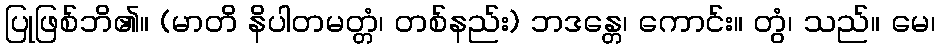
ပြုဖြစ်ဘိ၏။ (မာတိ နိပါတမတ္တံ၊ တစ်နည်း) ဘဒန္တေ၊ ကောင်း။ တွံ၊ သည်။ မေ၊